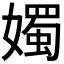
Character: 𪦨